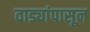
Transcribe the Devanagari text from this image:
वाड्यांपासून